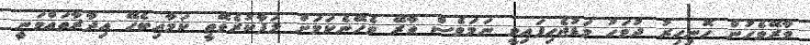
ވާރޭވެހުން ހޮނިހިރު ދުވަހު މަޑުޖެހިފައިވީ ނަމަވެސް ވާރޭ ވެހޭނެކަމަށް ލަފާކުރެވޭތީ ކަމާއިބެހޭ އިދާރާތައްވަނީ